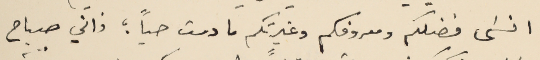
انسَى فضلكم ومعروفكم وغيرتكم ما دمت حياً ؛ فاني صباح